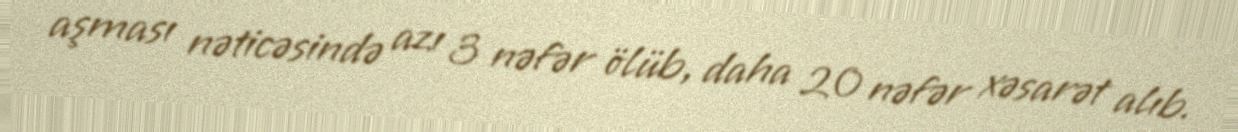
aşması nəticəsində azı 3 nəfər ölüb, daha 20 nəfər xəsarət alıb.